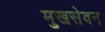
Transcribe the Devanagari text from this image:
मुखसेवन